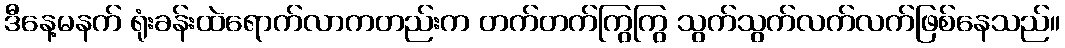
ဒီနေ့မနက် ရုံးခန်းထဲရောက်လာကတည်းက တက်တက်ကြွကြွ သွက်သွက်လက်လက်ဖြစ်နေသည်။